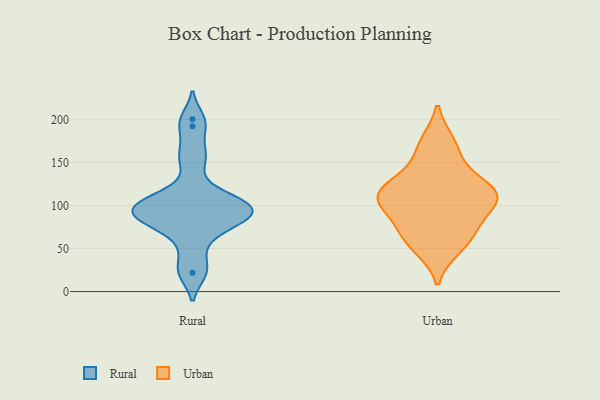
{"axis": {"x": "Market Share (%)", "y": "Value"}, "legend": ["Rural", "Urban"], "data": [{"x": "", "y": 24, "type": "Rural"}, {"x": "", "y": 192, "type": "Rural"}, {"x": "", "y": 105, "type": "Rural"}, {"x": "", "y": 76, "type": "Rural"}, {"x": "", "y": 103, "type": "Rural"}, {"x": "", "y": 74, "type": "Rural"}, {"x": "", "y": 152, "type": "Rural"}, {"x": "", "y": 97, "type": "Rural"}, {"x": "", "y": 22, "type": "Rural"}, {"x": "", "y": 85, "type": "Rural"}, {"x": "", "y": 200, "type": "Rural"}, {"x": "", "y": 91, "type": "Rural"}, {"x": "", "y": 101, "type": "Rural"}, {"x": "", "y": 98, "type": "Rural"}, {"x": "", "y": 93, "type": "Rural"}, {"x": "", "y": 118, "type": "Rural"}, {"x": "", "y": 161, "type": "Rural"}, {"x": "", "y": 83, "type": "Rural"}, {"x": "", "y": 50, "type": "Rural"}, {"x": "", "y": 95, "type": "Urban"}, {"x": "", "y": 108, "type": "Urban"}, {"x": "", "y": 118, "type": "Urban"}, {"x": "", "y": 119, "type": "Urban"}, {"x": "", "y": 113, "type": "Urban"}, {"x": "", "y": 65, "type": "Urban"}, {"x": "", "y": 78, "type": "Urban"}, {"x": "", "y": 175, "type": "Urban"}, {"x": "", "y": 149, "type": "Urban"}, {"x": "", "y": 49, "type": "Urban"}]}